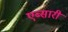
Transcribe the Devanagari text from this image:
एब्सारी